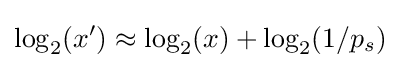
\log _{2}(x')\approx \log _{2}(x)+\log _{2}(1/p_{s})